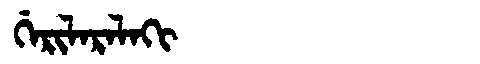
Manchu: ᡤᡝᡵᡳᠯᠠᡵᠠᠯᠠᡴᡳ
Romanization: GERILARALAKI